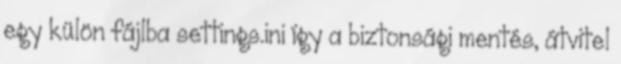
egy külön fájlba settings.ini így a biztonsági mentés, átvitel